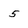
Character: 5